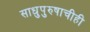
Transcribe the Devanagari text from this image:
साधुपुरुषाचीही